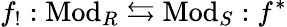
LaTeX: f_{!}:{\mathrm{Mod}}_{R}\leftrightarrows{\mathrm{Mod}}_{S}:f^{*}